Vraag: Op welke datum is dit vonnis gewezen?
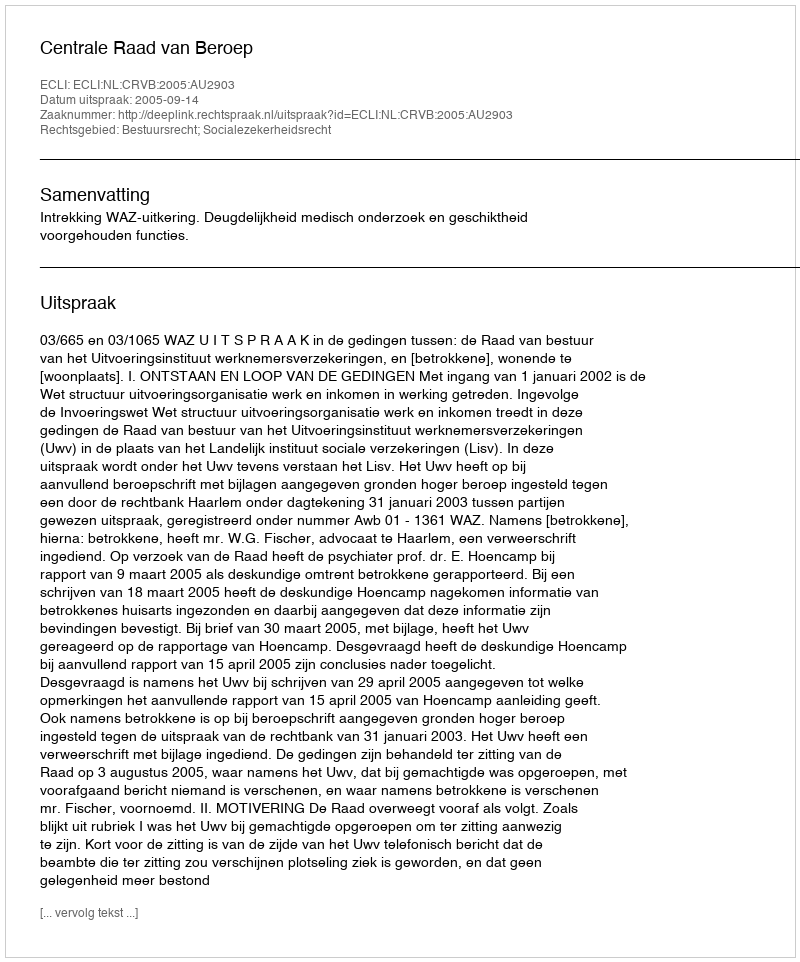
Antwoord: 2005-09-14